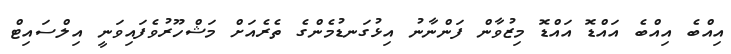
އިއްބެ އިއްބެ އައްޑޮ އައްޑޮ މިޒުވާން ފަންނާނު އިޅުގަނޑުމެންގެ ތެރެއަށް މަޝްހޫރުވެފައިވަނީ އިލްސައިޓް